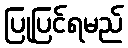
ပြုပြင်ရမည်